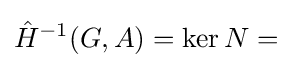
{\hat {H}}^{-1}(G,A)=\ker N=